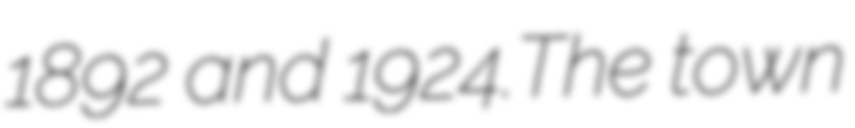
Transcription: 1892 and 1924.The town